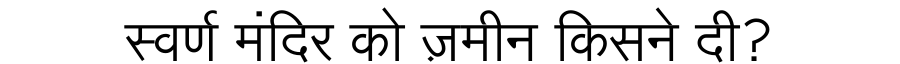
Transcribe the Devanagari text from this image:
स्वर्ण मंदिर को ज़मीन किसने दी?